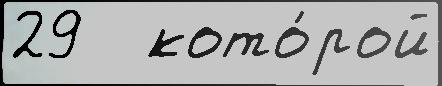
29   кото́рой